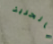
بالحرية